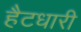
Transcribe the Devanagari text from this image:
हैटधारी